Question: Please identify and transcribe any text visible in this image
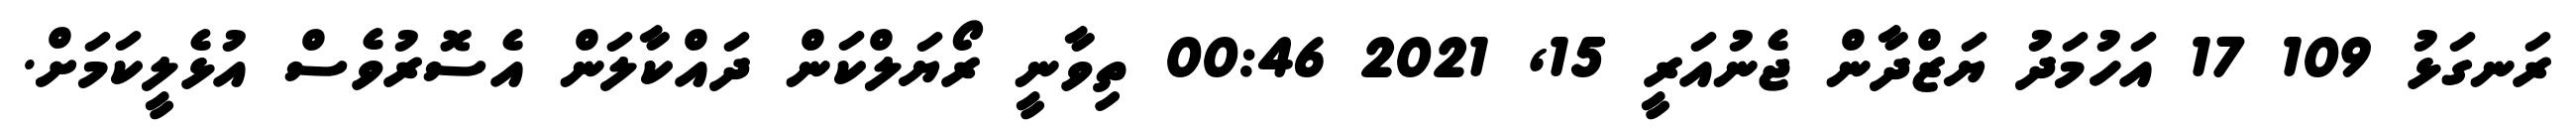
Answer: ރަނގަޅު 109 17 އަހުމަދު ޔަޒްދާން ޖެނުއަރީ 15, 2021 00:46 ތިވާނީ ރޯޔަލްކަން ދައްކާލަން އެސޮރުވެސް އުޅެލީކަމަށް.